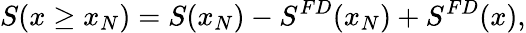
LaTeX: S(x\ge x_{N})=S(x_{N})-S^{FD}(x_{N})+S^{FD}(x),